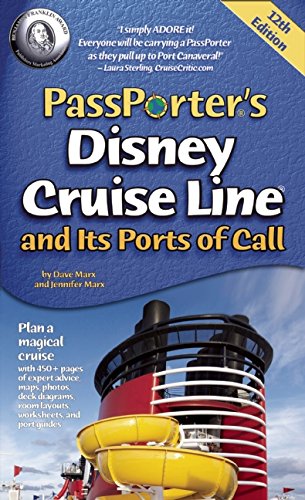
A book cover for PassPorter's Disney Cruise Line and Its Ports of Call; Dave Marx; Travel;